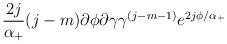
\begin{align*}\frac {2j}{\alpha_+}(j-m)\partial \phi \partial \gamma \gamma^{(j-m-1)}e^{2j\phi/\alpha_+}\end{align*}